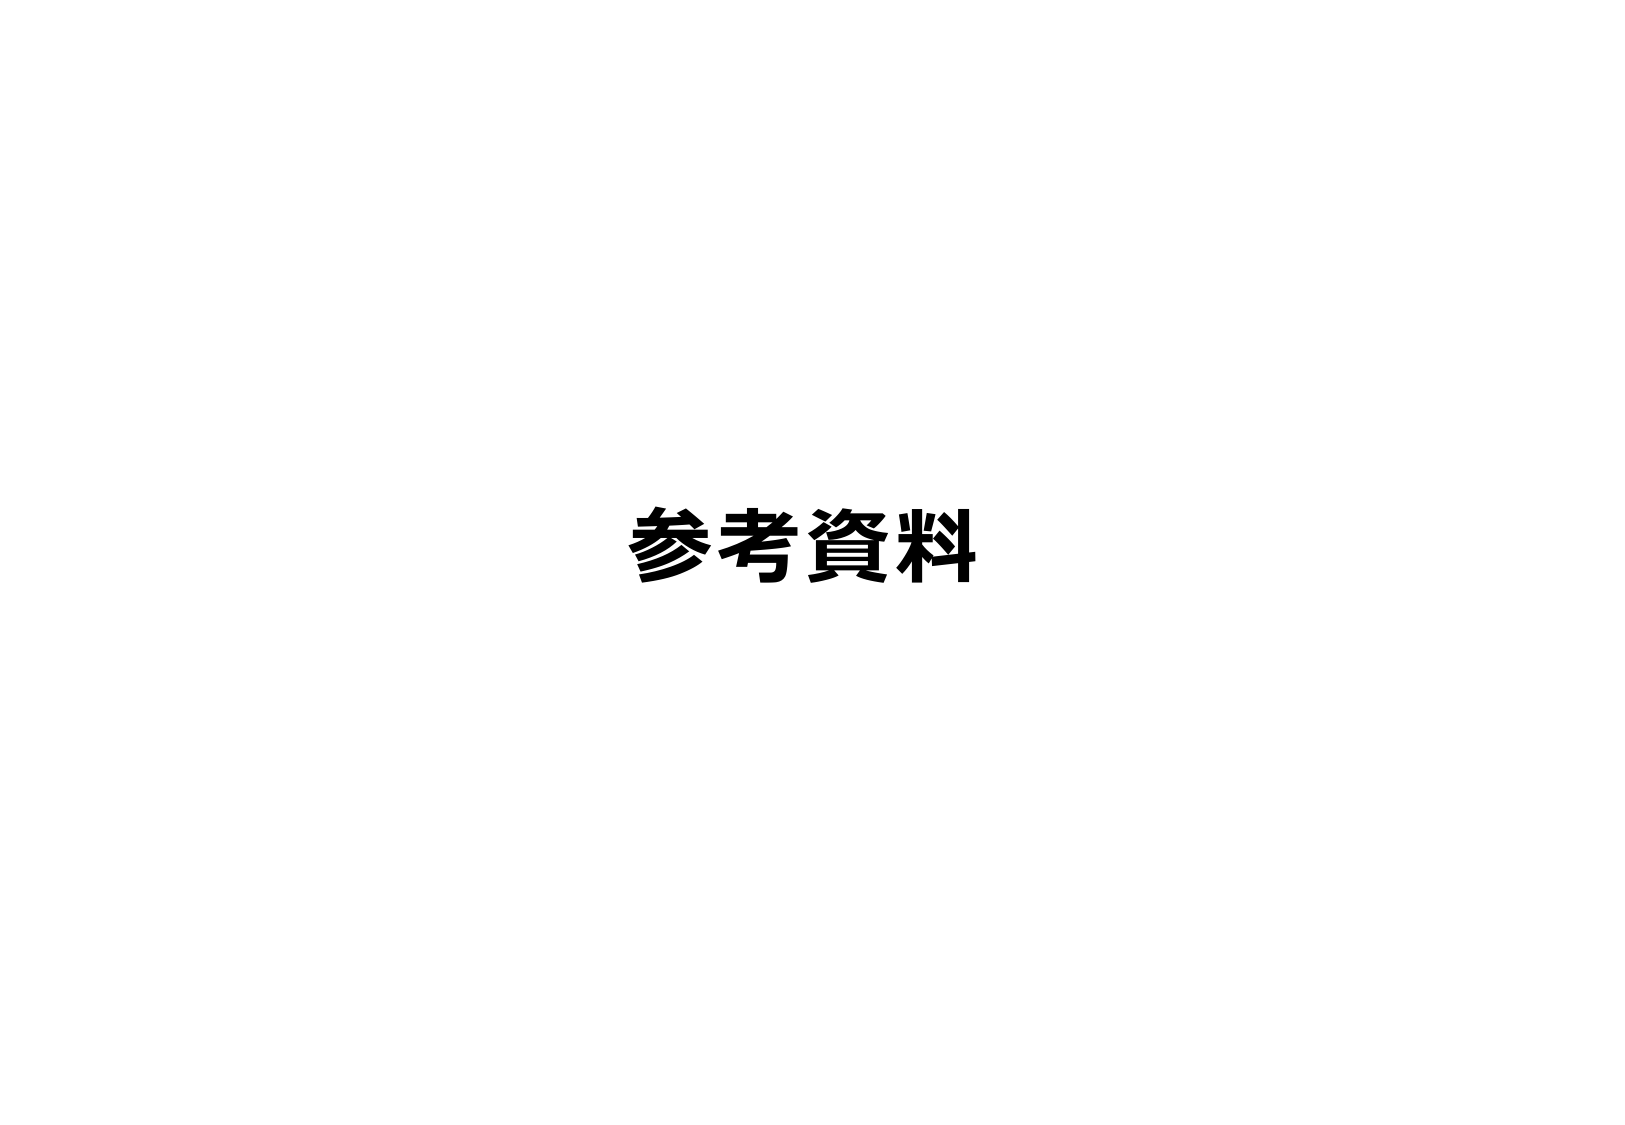
参考資料